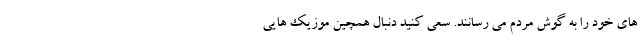
های خود را به گوش مردم می رسانند. سعی کنید دنبال همچین موزیک هایی